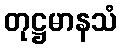
တုဋ္ဌမာနသံ